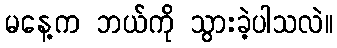
မနေ့က ဘယ်ကို သွားခဲ့ပါသလဲ။